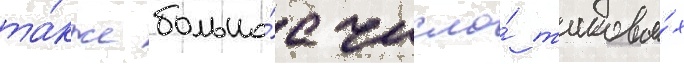
та́кже большо́е число́ таковы́х